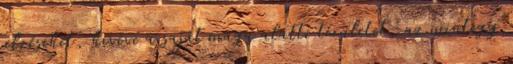
jelzéseket, kivéve a saját maga alatti területet, az mintegy